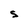
Character: s